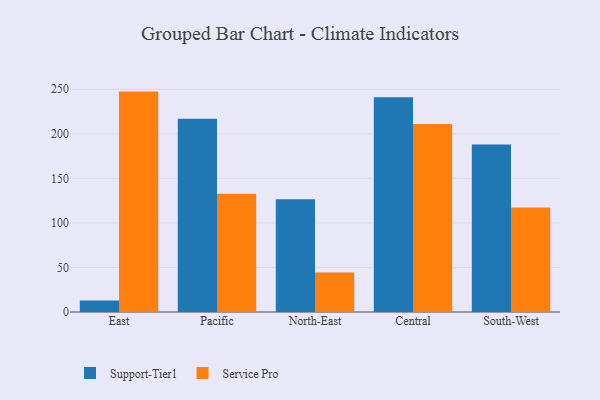
{"axis": {"x": "Region", "y": "LTV (USD)"}, "legend": ["Service Pro", "Support-Tier1"], "data": [{"x": "East", "y": 12.8, "type": "Support-Tier1"}, {"x": "East", "y": 247.4, "type": "Service Pro"}, {"x": "Pacific", "y": 216.8, "type": "Support-Tier1"}, {"x": "Pacific", "y": 132.7, "type": "Service Pro"}, {"x": "North-East", "y": 126.5, "type": "Support-Tier1"}, {"x": "North-East", "y": 44.2, "type": "Service Pro"}, {"x": "Central", "y": 241.1, "type": "Support-Tier1"}, {"x": "Central", "y": 210.9, "type": "Service Pro"}, {"x": "South-West", "y": 188.1, "type": "Support-Tier1"}, {"x": "South-West", "y": 117.4, "type": "Service Pro"}]}